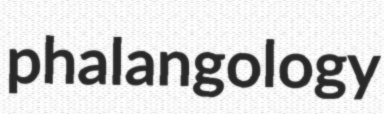
phalangology